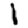
Digit: 1